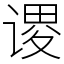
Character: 谡